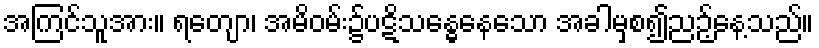
အကြင်သူအား။ ရတျော၊ အမိဝမ်း၌ပဋိသန္ဓေနေသော အခါမှစ၍ညဉ့်နေ့သည်။